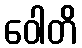
ဝေါတိ